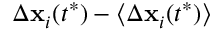
\Delta \mathbf { x } _ { i } ( t ^ { * } ) - \langle \Delta \mathbf { x } _ { i } ( t ^ { * } ) \rangle